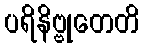
ပရိနိဗ္ဗုတေတိ